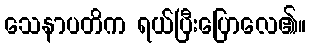
သေနာပတိက ရယ်ပြီးပြောလေ၏။